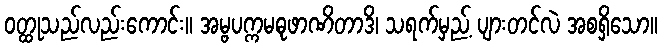
ဝတ္ထုသည်လည်းကောင်း။ အမ္ဗပက္ကမဓုဖာဏိတာဒိ၊ သရက်မှည့် ပျားတင်လဲ အစရှိသော။